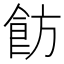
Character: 𩚠